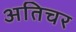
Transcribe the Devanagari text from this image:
अतिचर